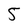
Character: 5